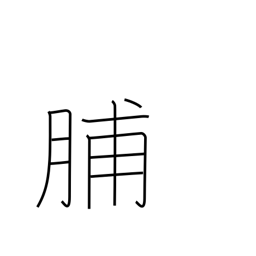
Meaning: dried meat